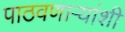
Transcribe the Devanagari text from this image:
पाठवणाऱ्यांशी